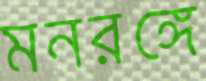
মনরঙ্গে